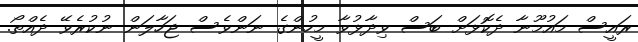
ރައީސް މައުމޫނާ ދެކޮޅަށް ބަސް ވިދާޅުވާ މީހުންގެ ނަންވެސް ޖަހާލަން ނުކުރެވޭ ދެއްތޯ.